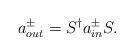
LaTeX: \begin{align*}a_{out}^{\pm }=S^{\dagger }a_{in}^{\pm }S. \end{align*}